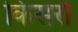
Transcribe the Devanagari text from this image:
किसर्रा